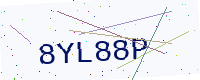
Text: 8YL88P